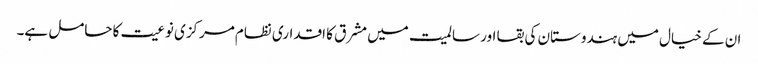
ان کے خیال میں ہندوستان کی بقا اور سالمیت میں مشرق کا اقداری نظام مرکزی نوعیت کا حامل ہے۔